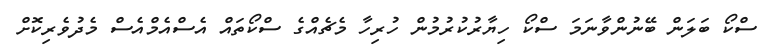
ސްކޯ ބަލަން ބޭނުންވާނަމަ ސްކޯ ހިޔާރުކުރުމުން ހުރިހާ މެޗެއްގެ ސްކޯތައް އެސްއެމްއެސް މެދުވެރިކޮށް